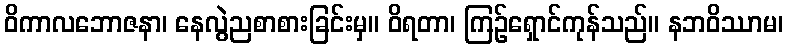
ဝိကာလဘောဇနာ၊ နေလွဲညစာစားခြင်းမှ။ ဝိရတာ၊ ကြဉ်ရှောင်ကုန်သည်။ နဘဝိဿာမ၊